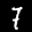
Label: 7